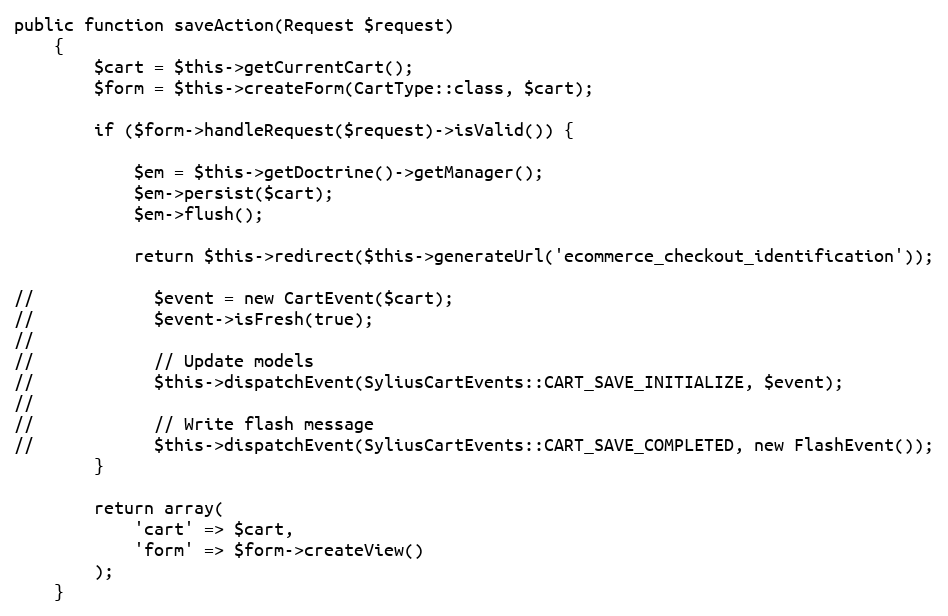
Language: PHP
public function saveAction(Request $request)
    {
        $cart = $this->getCurrentCart();
        $form = $this->createForm(CartType::class, $cart);

        if ($form->handleRequest($request)->isValid()) {

            $em = $this->getDoctrine()->getManager();
            $em->persist($cart);
            $em->flush();

            return $this->redirect($this->generateUrl('ecommerce_checkout_identification'));

//            $event = new CartEvent($cart);
//            $event->isFresh(true);
//
//            // Update models
//            $this->dispatchEvent(SyliusCartEvents::CART_SAVE_INITIALIZE, $event);
//
//            // Write flash message
//            $this->dispatchEvent(SyliusCartEvents::CART_SAVE_COMPLETED, new FlashEvent());
        }

        return array(
            'cart' => $cart,
            'form' => $form->createView()
        );
    }